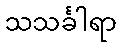
သသင်္ခါရာ